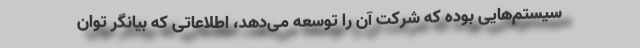
سیستم‌هایی بوده که شرکت آن را توسعه می‌دهد، اطلاعاتی که بیانگر توان